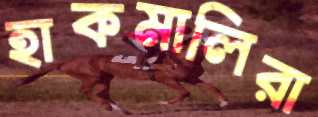
হাকমালিরা